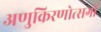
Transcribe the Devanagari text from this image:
अणुकिरणोत्सर्गी